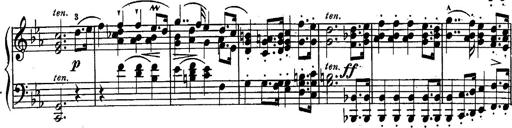
Title: Schubert's Impromptus [revised and edited by Franz Liszt]
Composer: Franz Liszt